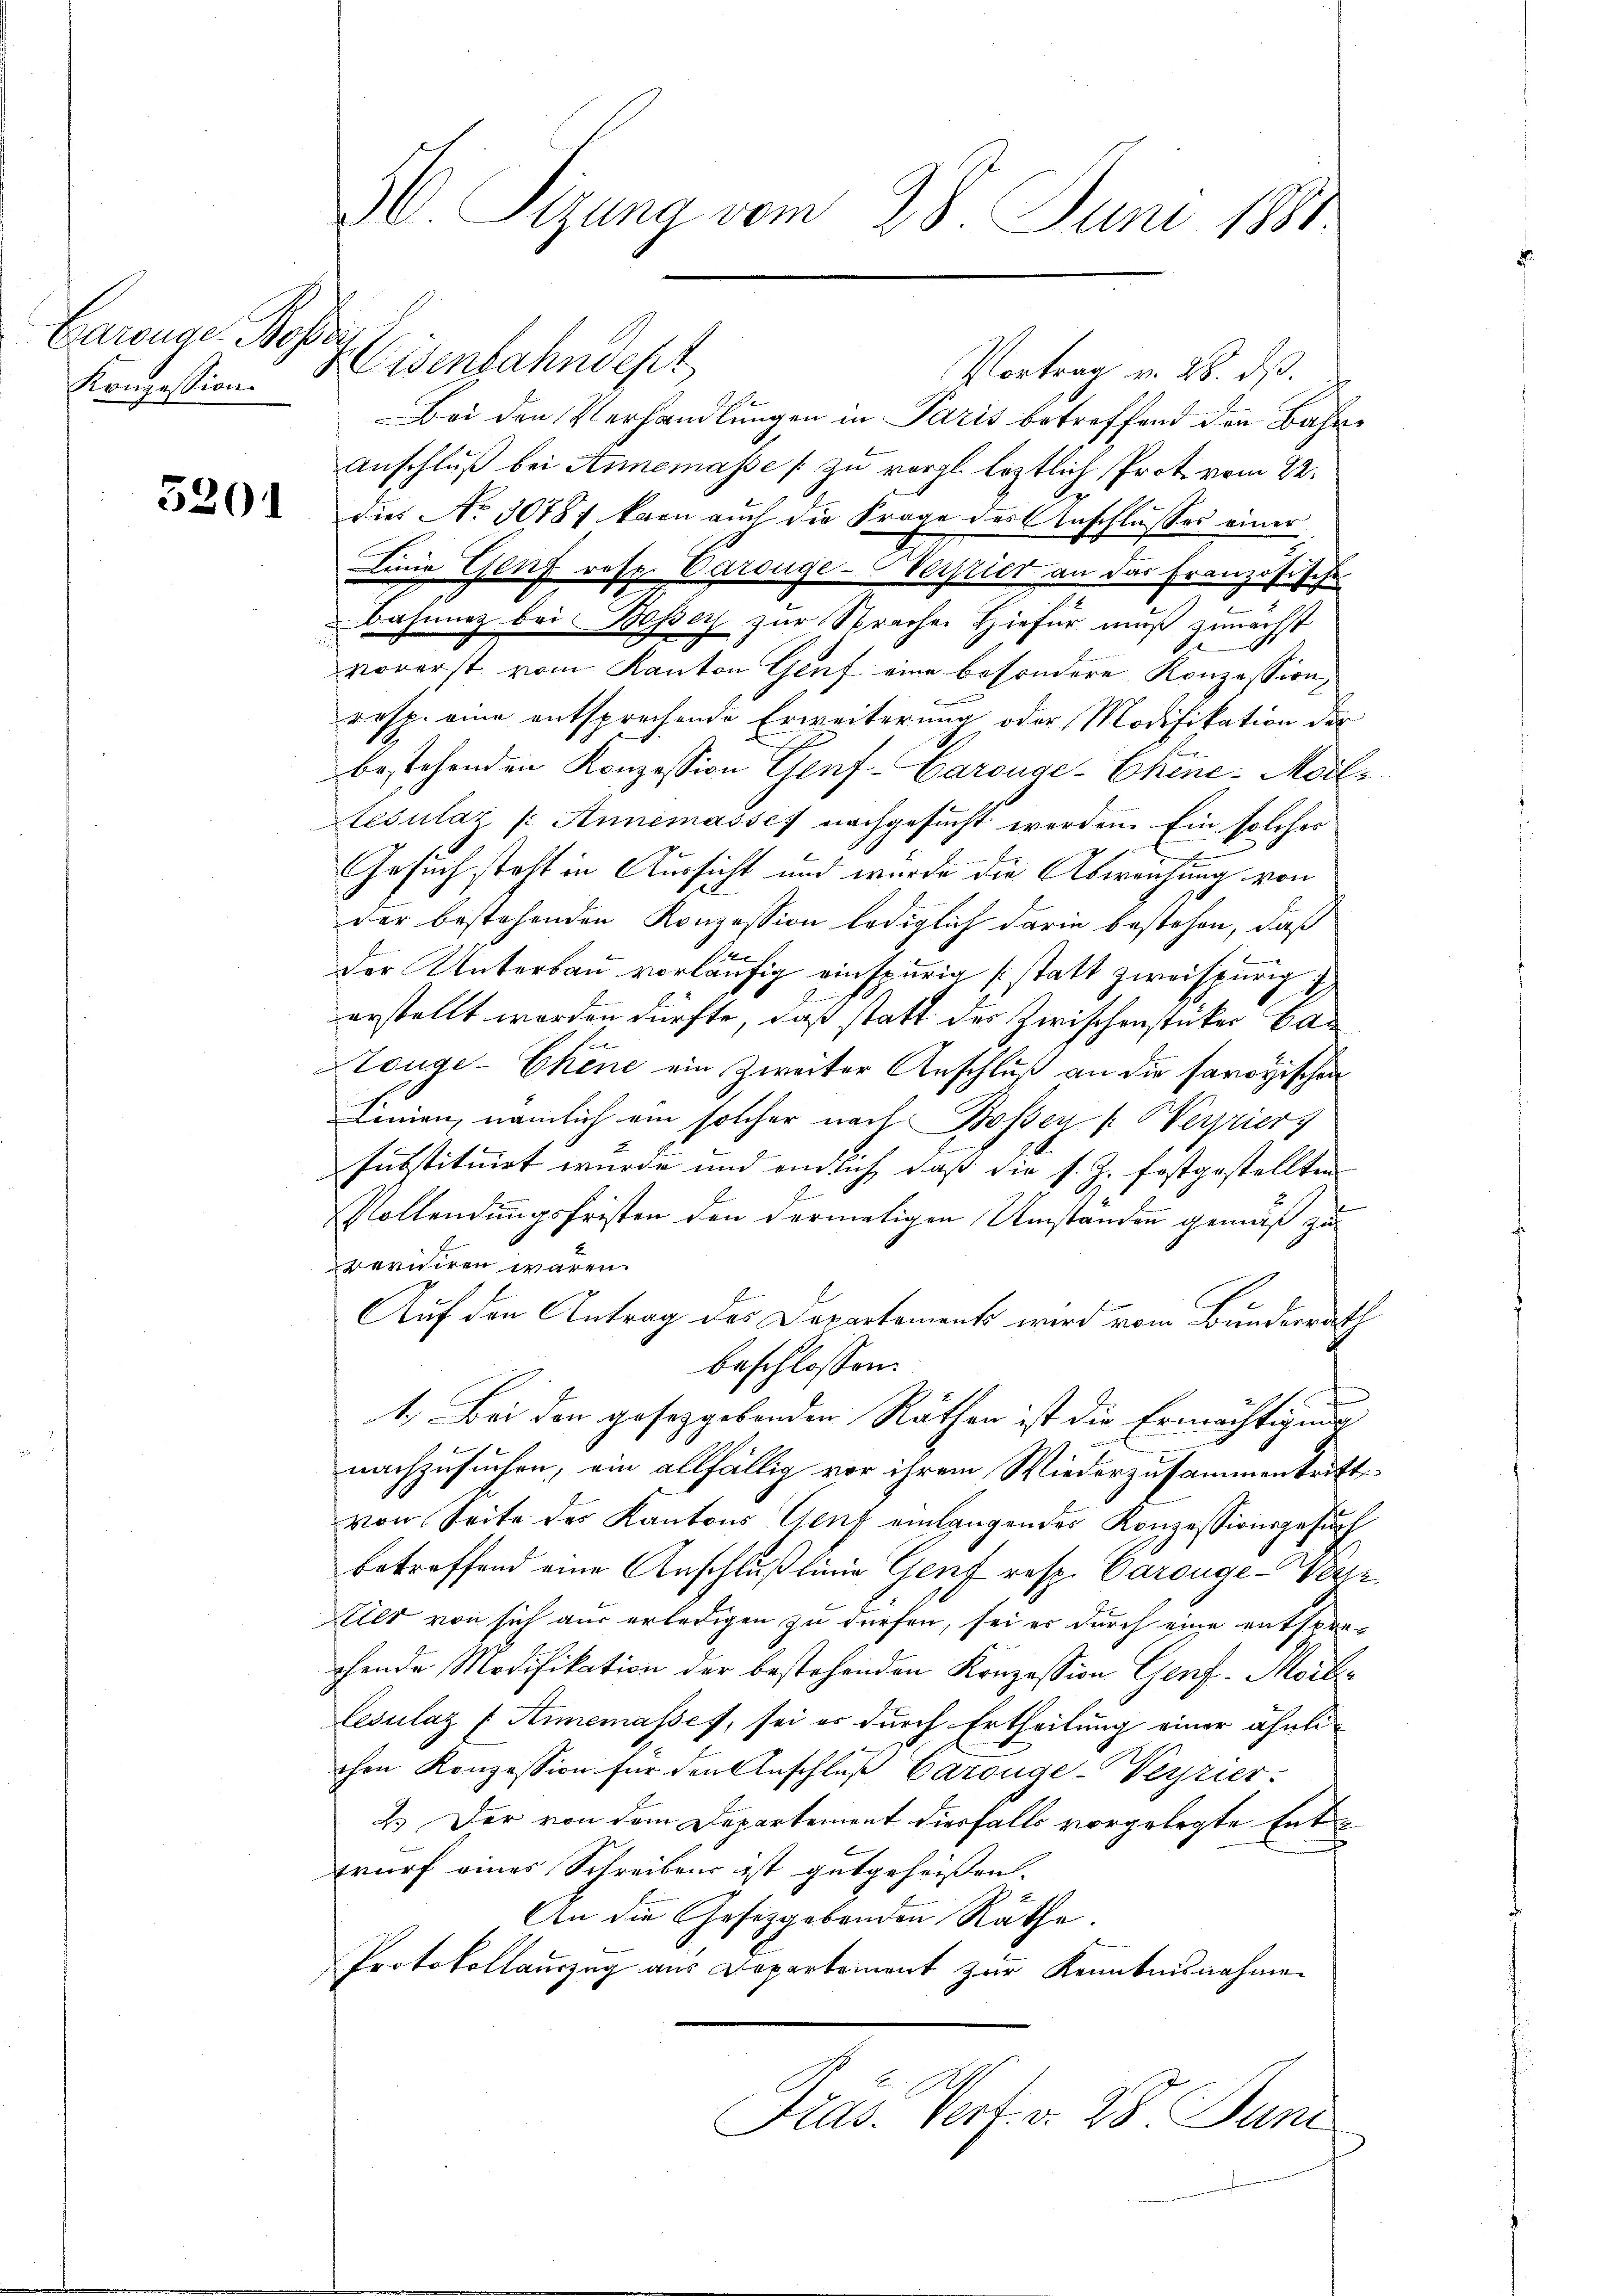
Carenger Rosse
Konzession

5201

Eisenbahndept
Vortrag v. 28. ds.
Bei den Verhandlungen in Paris betreffend den Bahn¬
Anschluß bei Annemasse zu vergl. leztlich Prot. vom 22.
dies No 30787 kann auch die Frage des Anschlusses einer
Linie Genf resp. Carouge-Verstier an das Französische
Bajnenz bei Besser zur Sprachen Hiefür muß zunächst
vorerst vom Kanton Genf eine besondere Konzession,
resp. eine entsprechende Erweiterung oder Modifikation der
bestehenden Konzession Genf-Carouge-Chine-Modlresulaz /: Annemasses nachgesucht werden. Ein solches
Gesuch steht in Aussicht und wurde die Abweichung von
der bestehenden Konzession lediglich darin bestehen, daß
der Unterbau vorläufig einspurig statt zwei spurig
erstellt worden dürfte, daß statt der Zwischenstücker Can
Honge-Chene ein Zweiter Anschluß an die savoyischen
Linnen, nämlich am solcher nach Bossez /: Werrier
substituirt wurde und einlich, daß die s. Z. festgestellten
Vollendungsfristen den dermaligen Umständen gemäß zu
reruiren wären.
Auf den Antrag des Departements wird vom Bundesrath
beschlossen:
1. Bei den gesetzgebenden Rathen ist die Ermächtigung
nachzusuchen, ein allfällig vor ihrem Wiederzusammentritt
von Seite des Kantons Genf einlangendes Konzessionsgesuch
betreffend eine Anschlußlinie Genf resp. Carouge-Verz
Elter von sich aus erledigen zu dürfen, sei es durch eine entsprechende Modifikation der bestehenden Konzession Genf Mor¬
Cesulaz f Aimemasses, sei er durch Ertheilung einer ähnlichen Konzession für den Anschlŭβ Carouge-Verrier.
2.) Der von dem Departement diesfalls vorgelegte Entwurf eines Schreibens ist gutgeheissen.
An die Gesetzgebenden Räthe.
Protokollauszug aus Departement zur Kenntnisnahmen
Präs. Verf. v. 28. Juni

36 Sizung vom 28. Juni 1891